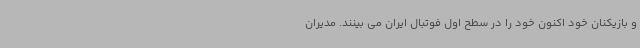
و بازیکنان خود اکنون خود را در سطح اول فوتبال ایران می بینند. مدیران